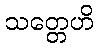
သတ္တေဟိ